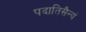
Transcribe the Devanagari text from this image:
पदातिसैन्यं